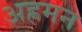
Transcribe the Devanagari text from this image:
अह्रमन